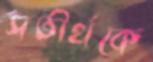
সতীর্থকে